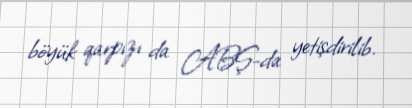
böyük qarpızı da ABŞ-da yetişdirilib.